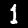
Digit: 1